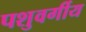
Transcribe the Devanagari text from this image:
पशुवर्गीय